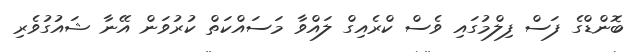
ބޮންޑްގެ ފަސް ފިލްމުގައި ވެސް ކްރެއިގް ލައްވާ މަސައްކަތް ކުރުވަން އޭނާ ޝައުގުވެރި